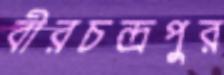
বীরচন্দ্রপুর